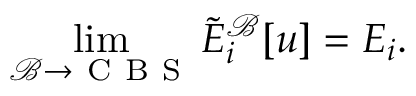
\operatorname* { l i m } _ { \mathcal { B } \rightarrow \mathrm { ~ C ~ B ~ S ~ } } \tilde { E } _ { i } ^ { \mathcal { B } } [ u ] = E _ { i } .